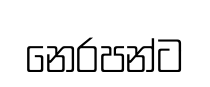
නෙරපන්ට